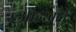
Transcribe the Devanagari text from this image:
ओटरबॉर्न